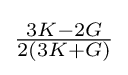
{\tfrac {3K-2G}{2(3K+G)}}